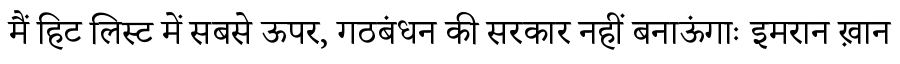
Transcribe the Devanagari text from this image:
मैं हिट लिस्ट में सबसे ऊपर, गठबंधन की सरकार नहीं बनाऊंगाः इमरान ख़ान